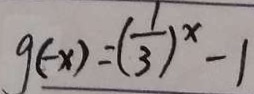
g ( - x ) = ( \frac { 1 } { 3 } ) ^ { x } - 1